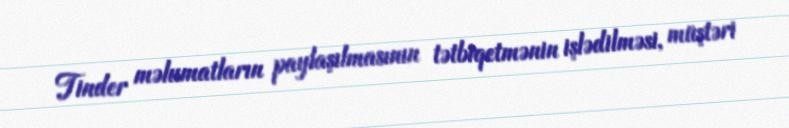
Tinder məlumatların paylaşılmasının tətbiqetmənin işlədilməsi, müştəri